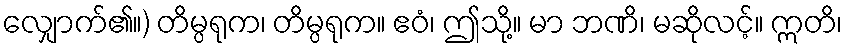
လျှောက်၏။) တိမ္ပရုက၊ တိမ္ပရုက။ ဧဝံ၊ ဤသို့။ မာ ဘဏိ၊ မဆိုလင့်။ ဣတိ၊